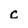
Character: C